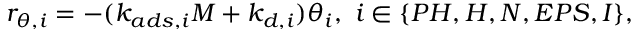
r _ { \theta , i } = - ( k _ { a d s , i } M + k _ { d , i } ) \theta _ { i } , \ i \in \{ P H , H , N , E P S , I \} ,